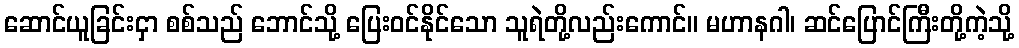
ဆောင်ယူခြင်းငှာ စစ်သည် ဘောင်သို့ ပြေးဝင်နိုင်သော သူရဲတို့လည်းကောင်။ မဟာနဂါ၊ ဆင်ပြောင်ကြီးတို့ကဲ့သို့